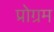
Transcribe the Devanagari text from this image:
प्रोग्रम